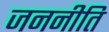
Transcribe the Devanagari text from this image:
जननीति